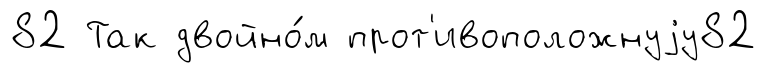
82 Так двойно́м прот'ивоположнуjу82